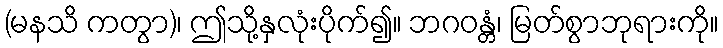
(မနသိ ကတွာ)၊ ဤသို့နှလုံးပိုက်၍။ ဘဂဝန္တံ၊ မြတ်စွာဘုရားကို။